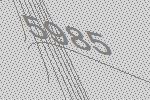
5985